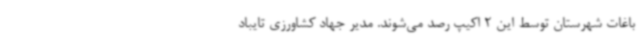
باغات شهرستان توسط این 2 اکیپ رصد می‌شوند. مدیر جهاد کشاورزی تایباد